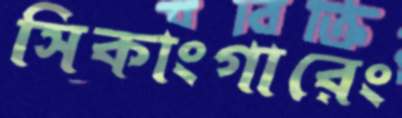
সিকাংগারেং